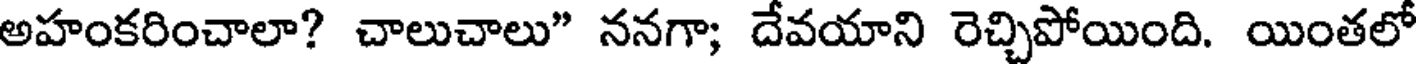
అహంకరించాలా? చాలుచాలు" ననగా; దేవయాని రెచ్చిపోయింది. యింతలో